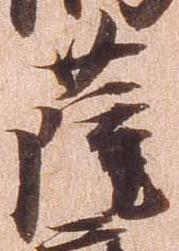
薩